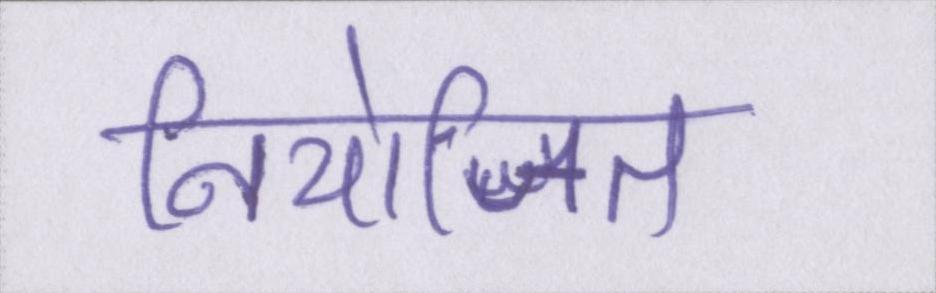
नियोजित